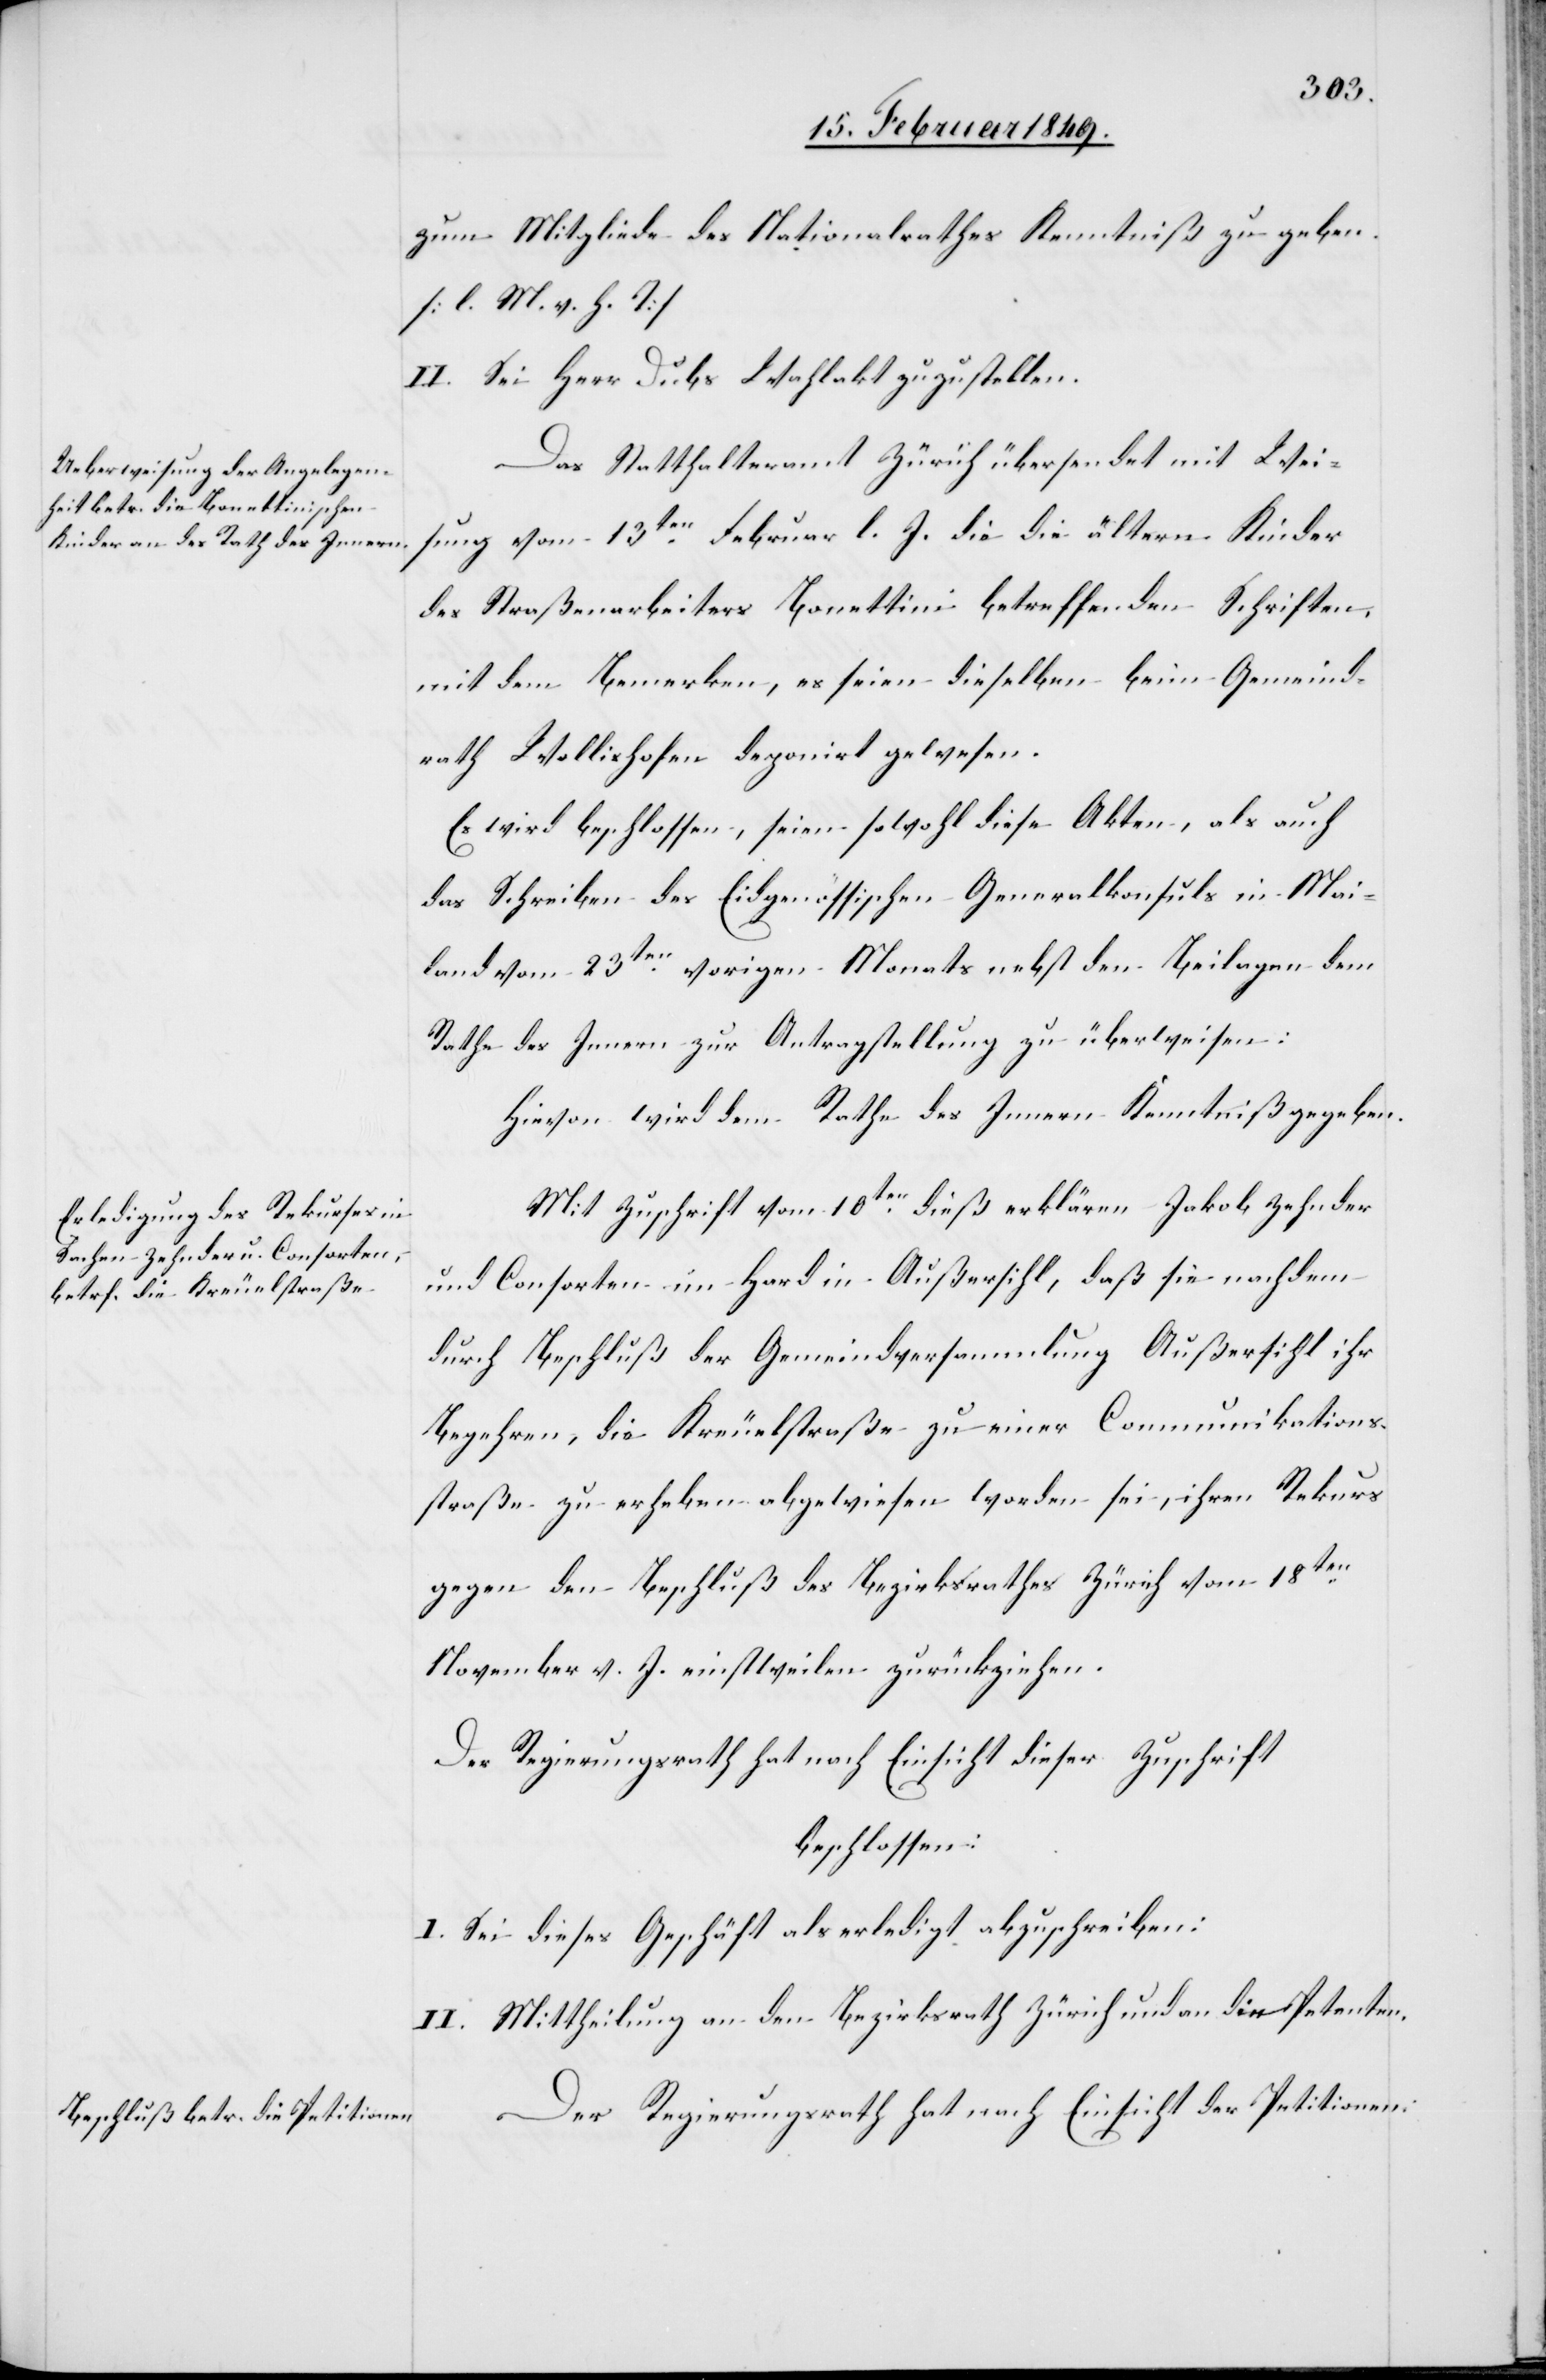
zum Mitgliede des Nationalrathes Kenntniß zu geben.
[l. M. v. h. T]
II. Sei Herr Dubs Wahlakt zuzustellen.
Das Statthalteramt Zürich übersendet mit Wei¬
sung vom 13ten. Februar l. J. die die ältern Kinder
des Straßenarbeiters Bonettini betreffenden Schriften,
mit dem Bemerken, es seien dieselben beim Gemeind¬
rath Wollishofen deponirt worden.
Es wird beschlossen, seien sowohl diese Akten, als auch
das Schreiben des Eidgenössischen Generalkonsuls in Mai¬
land vom 23ten. vorigen Monats nebst den Beilagen dem
Rathe des Innern zur Antragstellung zu überweisen:
Hievon wird dem Rathe des Innern Kenntniß gegeben.
Mit Zuschrift vom 10ten. dieß erklären Jakob Zehnder
und Consorten im Hard in Außersihl, daß sie nachdem
durch Beschluß der Gemeindversammlung Außersihl ihr
Begehren, die Kreuelstraße zu einer Communikations¬
straße zu erheben abgewiesen worden sei, ihren Rekurs
gegen den Beschluß des Bezirksrathes Zürich vom 18ten.
November v. J. einstweilen zurückziehen.
Der Regierungsrath hat nach Einsicht dieser Zuschrift
beschlossen:
I. Sei dieses Geschäft als erledigt abzuschreiben.
II. Mittheilung an den Bezirksrath Zürich und an die Petenten.
Der Regierungsrath hat nach Einsicht der Petitionen.